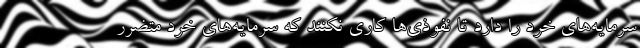
سرمایه‌های خرد را دارد تا نفوذی‌ها کاری نکنند که سرمایه‌های خرد متضرر